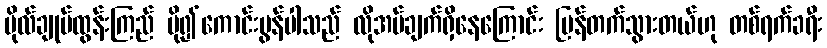
ဗိုလ်ချုပ်ထွန်းကြည် ပို၍ကောင်းမွန်ပါသည် လိုအပ်ချက်ရှိနေကြောင်း ပြန်တက်သွားတယ်ဟု တစ်ရက်ခရီး